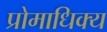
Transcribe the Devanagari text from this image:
प्रोमाधिक्य